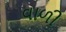
વાળી